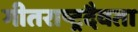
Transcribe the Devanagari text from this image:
गीतराष्ट्रदैवता